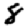
Digit: 8